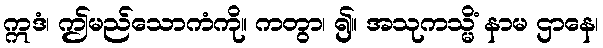
ဣဒံ၊ ဤမည်သောကံကို။ ကတွာ၊ ၍။ အသုကသ္မိံ နာမ ဌာနေ၊